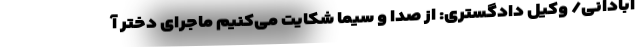
آبادانی/ وکیل دادگستری: از صدا و سیما شکایت می‌کنیم ماجرای دختر آ